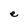
Character: e